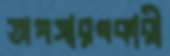
অপসারণকারী